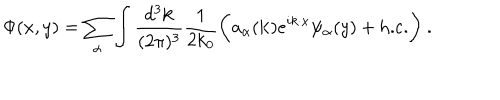
\Phi ( x , y ) = \sum _ { \alpha } \int \frac { d ^ { 3 } { \bf k } } { ( 2 \pi ) ^ { 3 } } \frac { 1 } { 2 k _ { 0 } } \biggl ( a _ { \alpha } ( { \bf k } ) e ^ { i k \cdot x } \psi _ { \alpha } ( y ) + \mathrm { h . c . } \biggr ) \ .